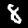
Label: 8